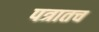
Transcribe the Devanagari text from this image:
पत्रातच